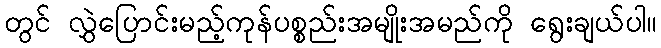
တွင် လွှဲပြောင်းမည့်ကုန်ပစ္စည်းအမျိုးအမည်ကို ရွေးချယ်ပါ။